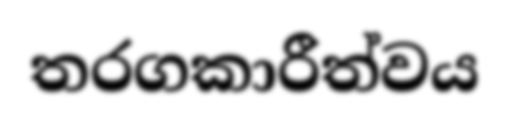
තරගකාරීත්වය